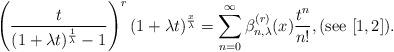
LaTeX: \begin{align*}\left( \frac{t}{(1+\lambda t)^{\frac{1}{\lambda }}-1} \right)^r (1+\lambda t)^{\frac{x}{\lambda }} = \sum_{n=0}^\infty \beta_{n,\lambda }^{(r)}(x) \frac{t^n}{n!},(\textnormal{see} \,\, [1,2]).\end{align*}